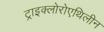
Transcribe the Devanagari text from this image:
ट्राइक्लोरोएथिलीन